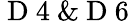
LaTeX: \mathrm{~D~4~}\& \mathrm{~D~6~}